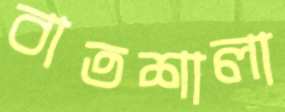
বাতশালা